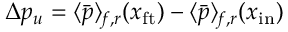
\Delta p _ { u } = \langle \bar { p } \rangle _ { \! f , r } ( x _ { \mathrm { f t } } ) - \langle \bar { p } \rangle _ { \! f , r } ( x _ { \mathrm { i n } } )